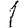
Digit: 1